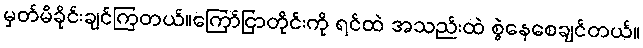
မှတ်မိခိုင်းချင်ကြတယ်။ကြော်ငြာတိုင်းကို ရင်ထဲ အသည်းထဲ စွဲနေစေချင်တယ်။